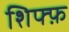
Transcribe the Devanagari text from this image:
शिफ्फ़